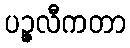
ပဉ္ဇလီကတာ